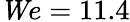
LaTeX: {\mathit We}=11.4